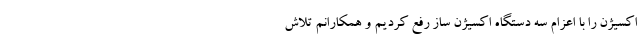
اکسیژن را با اعزام سه دستگاه اکسیژن ساز رفع کردیم و همکارانم تلاش